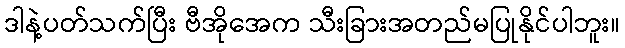
ဒါနဲ့ပတ်သက်ပြီး ဗီအိုအေက သီးခြားအတည်မပြုနိုင်ပါဘူး။